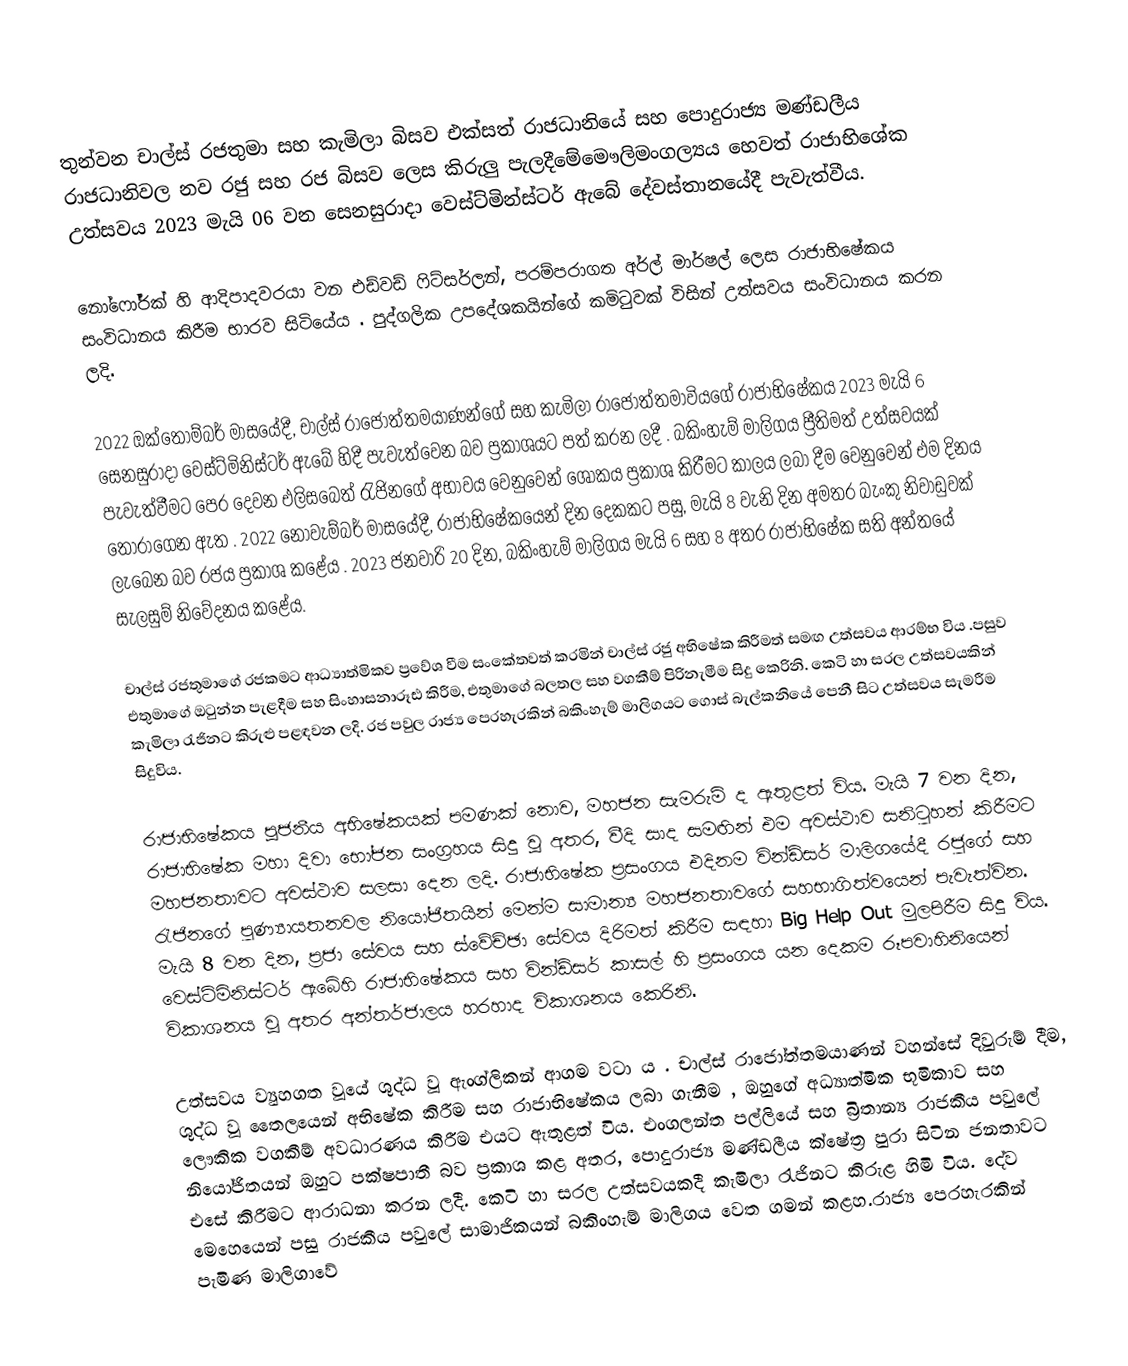
තුන්වන චාල්ස් රජතුමා සහ කැමිලා බිසව එක්සත් රාජධානියේ සහ පොදුරාජ්‍ය මණ්ඩලීය රාජධානිවල නව රජු සහ රජ බිසව ලෙස කිරුලු ‍පැලදීමේමෞලිමංගල්‍යය හෙවත් රාජාභිශේක උත්සවය 2023 මැයි 06 වන සෙනසුරාදා වෙස්ට්මින්ස්ටර් ඇබේ දේවස්‍තානයේදී පැවැත්වීය.

නෝෆෝර්ක් හි ආදිපාදවරයා වන එඩ්වඩ් ෆිට්සර්ලන්, පරම්පරාගත අර්ල් මාර්ෂල් ලෙස රාජාභිෂේකය සංවිධානය කිරීම භාරව සිටියේය . පුද්ගලික උපදේශකයින්ගේ කමිටුවක් විසින් උත්සවය සංවිධානය කරන ලදි.

2022 ඔක්තෝම්බර් මාසයේදී, චාල්ස් රාජෝත්තමයාණන්ගේ  සහ කැමිලා රාජෝත්තමාවියගේ රාජාභිෂේකය 2023 මැයි 6 සෙනසුරාදා වෙස්ට්මිනිස්ටර් ඇබේ හිදී පැවැත්වෙන බව ප්‍රකාශයට පත් කරන ලදී . බකිංහැම් මාලිගය ප්‍රීතිමත් උත්සවයක් පැවැත්වීමට පෙර දෙවන එලිසබෙත් රැජිනගේ අභාවය වෙනුවෙන් ශෝකය ප්‍රකාශ කිරීමට කාලය ලබා දීම වෙනුවෙන් එම දිනය තෝරාගෙන ඇත . 2022 නොවැම්බර් මාසයේදී, රාජාභිෂේකයෙන් දින දෙකකට පසු, මැයි 8 වැනි දින අමතර බැංකු නිවාඩුවක් ලැබෙන බව රජය ප්‍රකාශ කළේය . 2023 ජනවාරි 20 දින, බකිංහැම් මාලිගය මැයි 6 සහ 8 අතර රාජාභිෂේක  සති අන්තයේ සැලසුම් නිවේදනය කළේය.

චාල්ස් රජතුමාගේ රජකමට ආධ්‍යාත්මිකව ප්‍රවේශ වීම සංකේතවත් කරමින් චාල්ස් රජු අභිෂේක කිරීමත් සමඟ උත්සවය ආරම්භ විය .පසුව එතුමාගේ ඔටුන්න පැළදීම සහ සිංහාසනාරූඪ කිරීම, එතුමාගේ බලතල සහ වගකීම් පිරිනැමීම සිදු කෙරිනි. කෙටි හා සරල උත්සවයකින් කැමිලා රැජිනට කිරුළු පළඳවන ලදි. රජ පවුල රාජ්‍ය පෙරහැරකින් බකිංහැම් මාලිගයට ගොස් බැල්කනියේ පෙනී සිට උත්සවය සැමරීම සිදුවිය.

රාජාභිෂේකය පූජනීය අභිෂේකයක් පමණක් නොව, මහජන සැමරුම් ද ඇතුළත් විය. මැයි 7 වන දින, රාජාභිෂේක මහා දිවා භෝජන සංග්‍රහය සිදු වූ අතර, වීදි සාද සමඟින් එම අවස්ථාව සනිටුහන් කිරීමට මහජනතාවට අවස්ථාව සලසා දෙන ලදි. රාජාභිෂේක ප්‍රසංගය එදිනම වින්ඩ්සර් මාලිගයේදී රජුගේ සහ රැජිනගේ පුණ්‍යායතනවල නියෝජිතයින් මෙන්ම සාමාන්‍ය මහජනතාවගේ සහභාගිත්වයෙන් පැවැත්වින. මැයි 8 වන දින, ප්‍රජා සේවය සහ ස්වේච්ඡා සේවය දිරිමත් කිරීම සඳහා Big Help Out මුලපිරීම සිදු විය. වෙස්ට්මිනිස්ටර් ඇබේහි රාජාභිෂේකය සහ වින්ඩ්සර් කාසල් හි ප්‍රසංගය යන දෙකම රූපවාහිනියෙන් විකාශනය වූ අතර අන්තර්ජාලය හරහාද විකාශනය කෙරිනි.

උත්සවය ව්‍යුහගත වූයේ ශුද්ධ වූ ඇංග්ලිකන් ආගම වටා ය . චාල්ස් රාජෝත්තමයාණන් වහන්සේ දිවුරුම් දීම, ශුද්ධ වූ තෛලයෙන් අභිෂේක කිරීම සහ රාජාභිෂේකය ලබා ගැනීම , ඔහුගේ අධ්‍යාත්මික භූමිකාව සහ ලෞකික වගකීම් අවධාරණය කිරීම එයට ඇතුළත් විය. එංගලන්ත පල්ලියේ සහ බ්‍රිතාන්‍ය රාජකීය පවුලේ නියෝජිතයන් ඔහුට පක්ෂපාතී බව ප්‍රකාශ කළ අතර, පොදුරාජ්‍ය මණ්ඩලීය ක්ෂේත්‍ර පුරා සිටින ජනතාවට එසේ කිරීමට ආරාධනා කරන ලදී. කෙටි හා සරල උත්සවයකදී කැමිලා රැජිනට කිරුළ හිමි විය. දේව මෙහෙයෙන් පසු රාජකීය පවුලේ සාමාජිකයන් බකිංහැම් මාලිගය වෙත ගමන් කළහ.රාජ්‍ය පෙරහැරකින් පැමිණ මාලිගාවේ